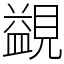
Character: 䚊